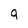
Character: 9